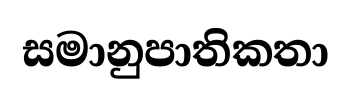
සමානුපාතිකතා